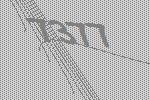
7377